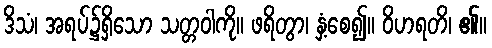
ဒိသံ၊ အရပ်၌ရှိသော သတ္တဝါကို။ ဖရိတွာ၊ နှံ့စေ၍။ ဝိဟရတိ၊ ၏။